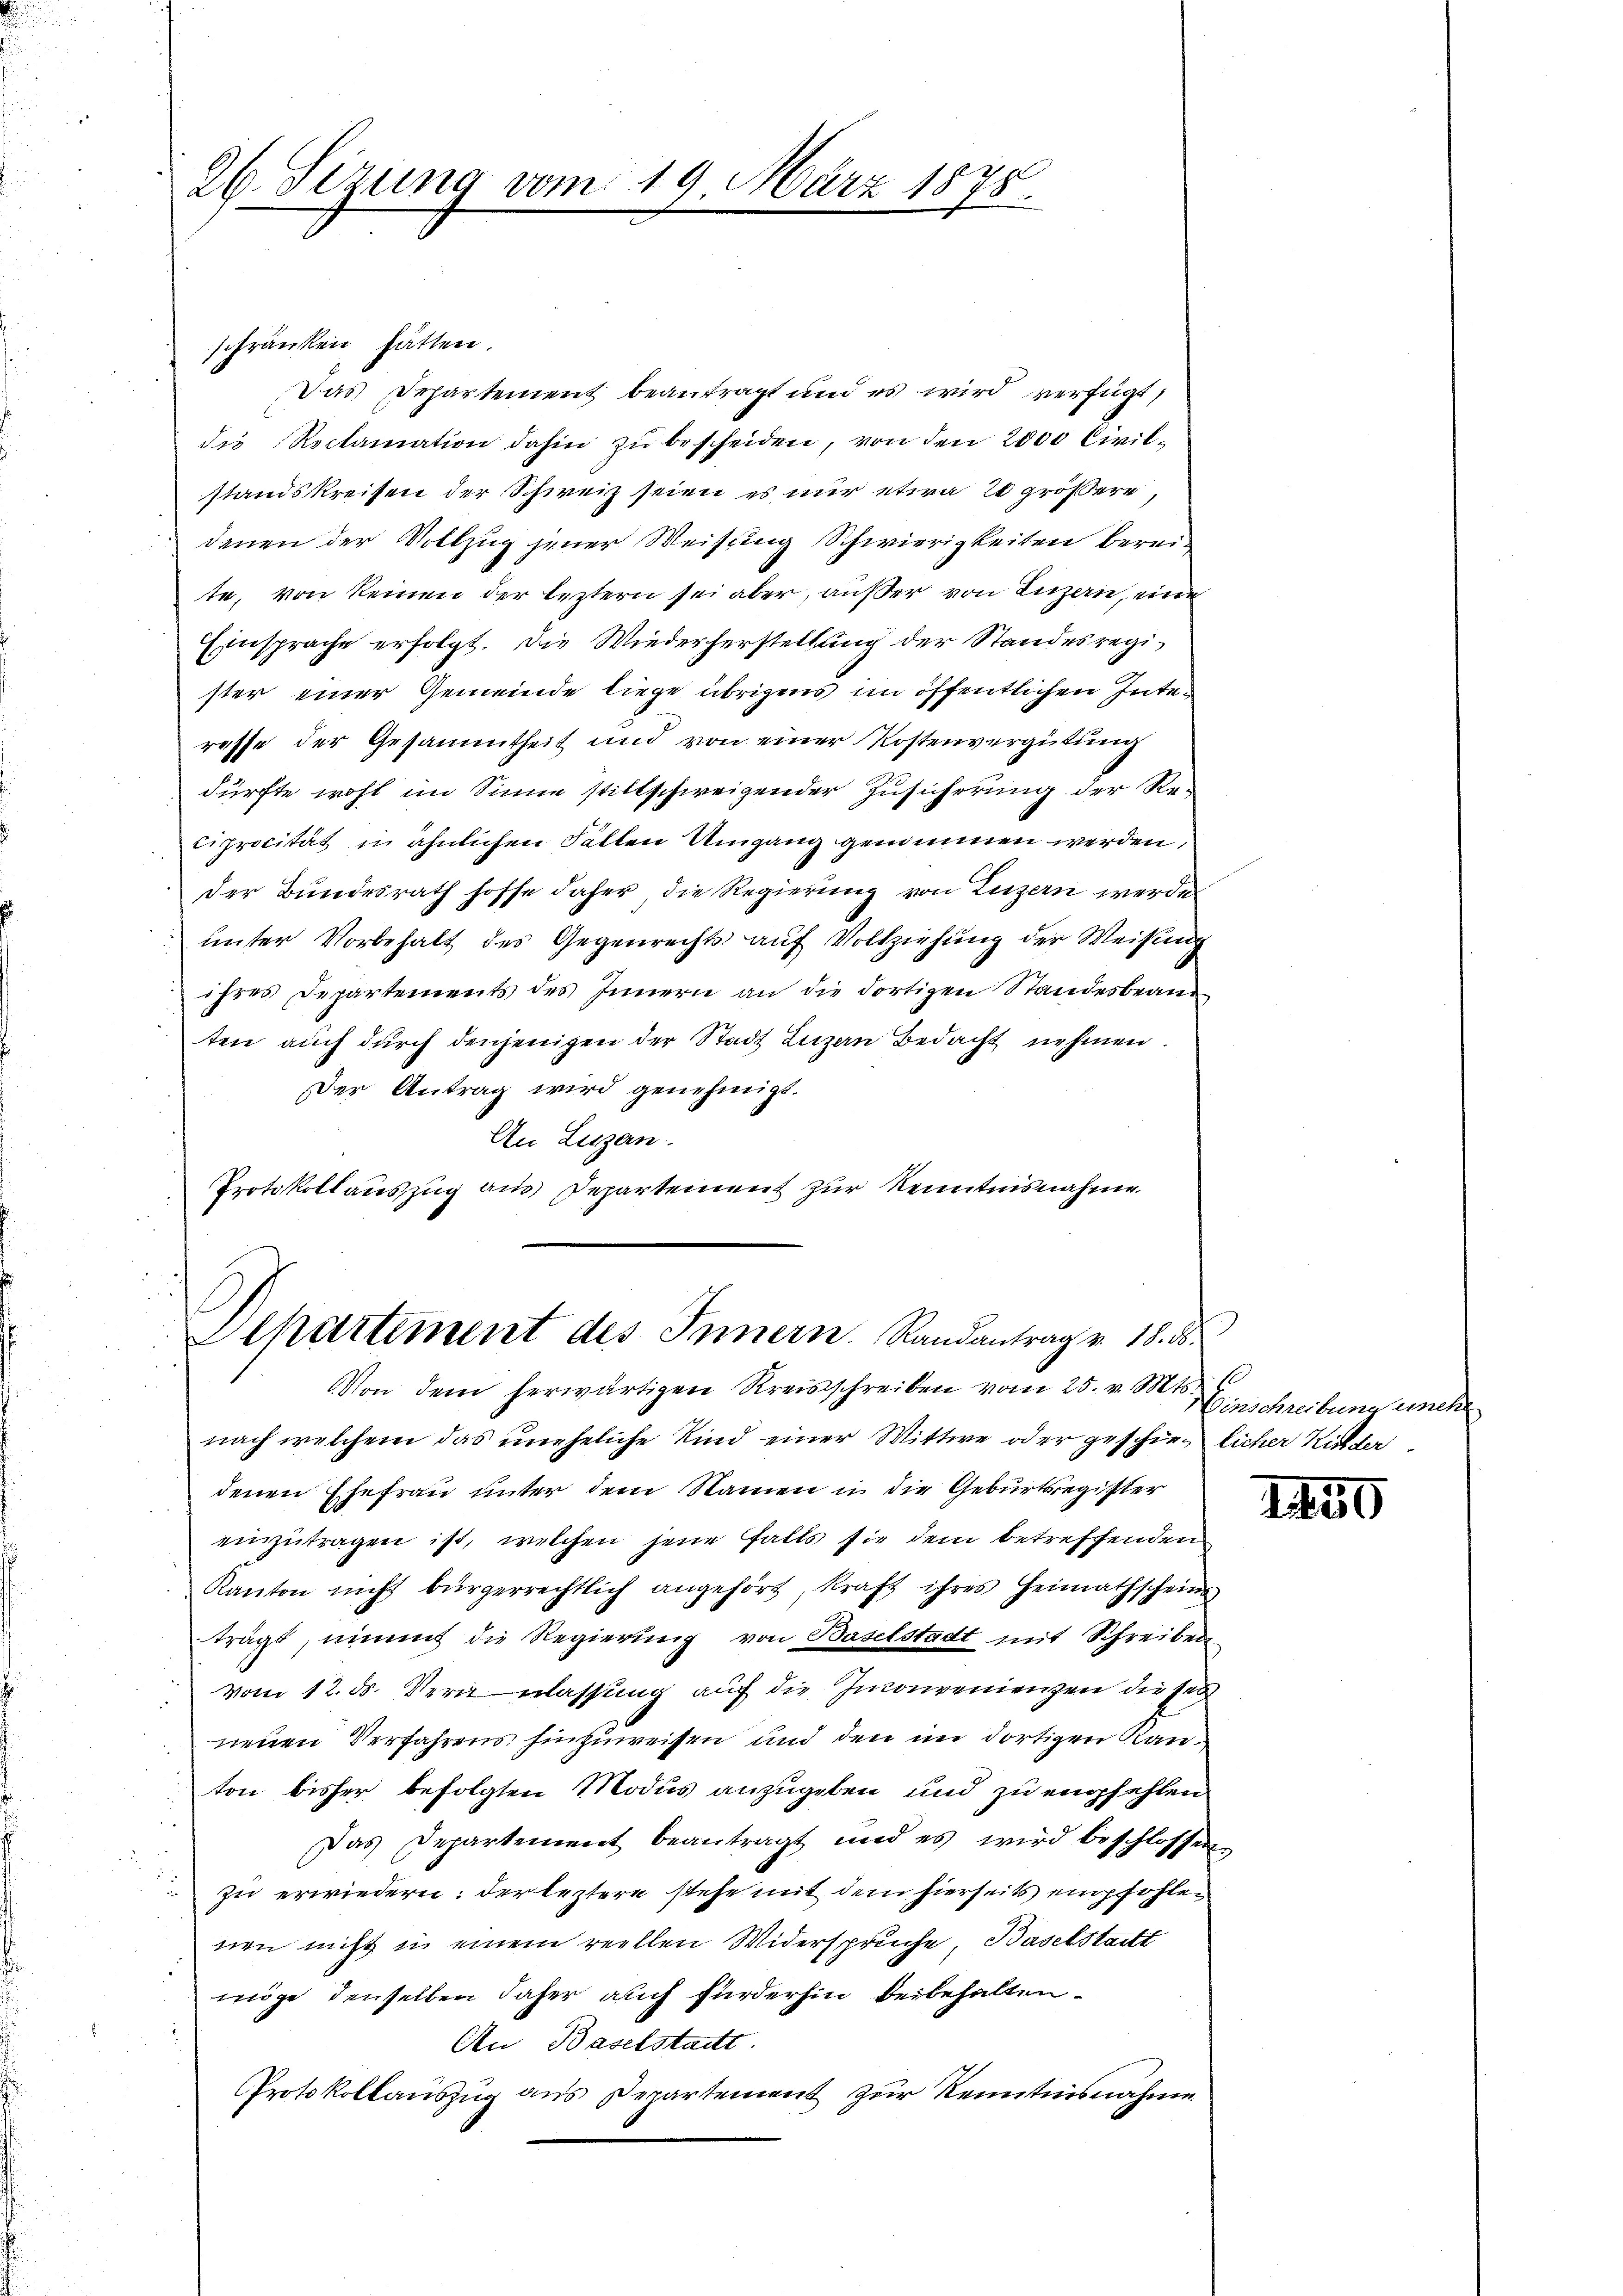
26. Sizung vom 19. März 1875.

schränken hätten.
Das Departement beantragt und es wird verfügt,
die Reclamation dahin zu bescheiden, von den 2000 Civilstandskreisen der Schweiz seien es nur etwa 20 größere,
denen der Vollzug jener Weisung Schwierigkeiten bereite, von keinen der leztern sei aber, außer von Luzern, eine
Einsprache erfolgt. Die Wiederherstellung der Standesregister einer Gemeinde liege übrigens im öffentlichen Interesse der Gesammtheit und von einer Kostenvergütung
dürfte wohl im Sinne stillschweigender Zusicherung der Re¬
Ciprocität in ähnlichen Fallen Umgang genommen werden,
der Bundesrath hoffe daher die Regierung von Luzern werde
ŭnter Vorbehalt des Gegenrechts aŭf Vollziehung der Weisung
ihres Departements des Innern an die dortigen Standesbeam
ten auch durch denjenigen der Stadt Luzern Bedacht nehmen.
Der Antrag wird genehmigt.
An Luzern.
Protokollauszug aus Departement zur Kenntnisnahme

Departement des Innern. Randantrag v. 18. d.
Von dem herwärtigen Kreisschreiben vom 25. v. Mts. Hinschreibung unehe

nach welchem das uneheliche Kind einer Wittwe oder geschien licher Kichderdenen Ehefrau unter dem Namen in die Geburtregister
einzutragen ist, welchen jene Falls sie dem betreffenden
Kanton nicht bürgerrechtlich angehört, kraft ihres Heimathscheins
trägt, nimmt die Regierung von Baselstadt mit Schreiben
vom 12. ds. Verne Klassung auf die Inconvenienzen dieses
neuen Verfahrens hinzuweisen und den im dortigen Rau
.
ton bisher befolgten Modus anzugeben und zu empfehlen
Das Departement beantragt und es wird beschlossen,
zu erwiedern: der leztere stehe mit dem hierseits empfohlenen nicht in einem reellen Widersprüche, Baselstatt
möge denselben daher auch fürderhin beibehalten
An Baselstadtt.
Protokollauszug aus Departement zur Kenntnisnahme

1450